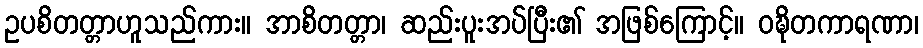
ဥပစိတတ္တာဟူသည်ကား။ အာစိတတ္တာ၊ ဆည်းပူးအပ်ပြီး၏ အဖြစ်ကြောင့်။ ဝဍ္ဎိတကာရဏာ၊